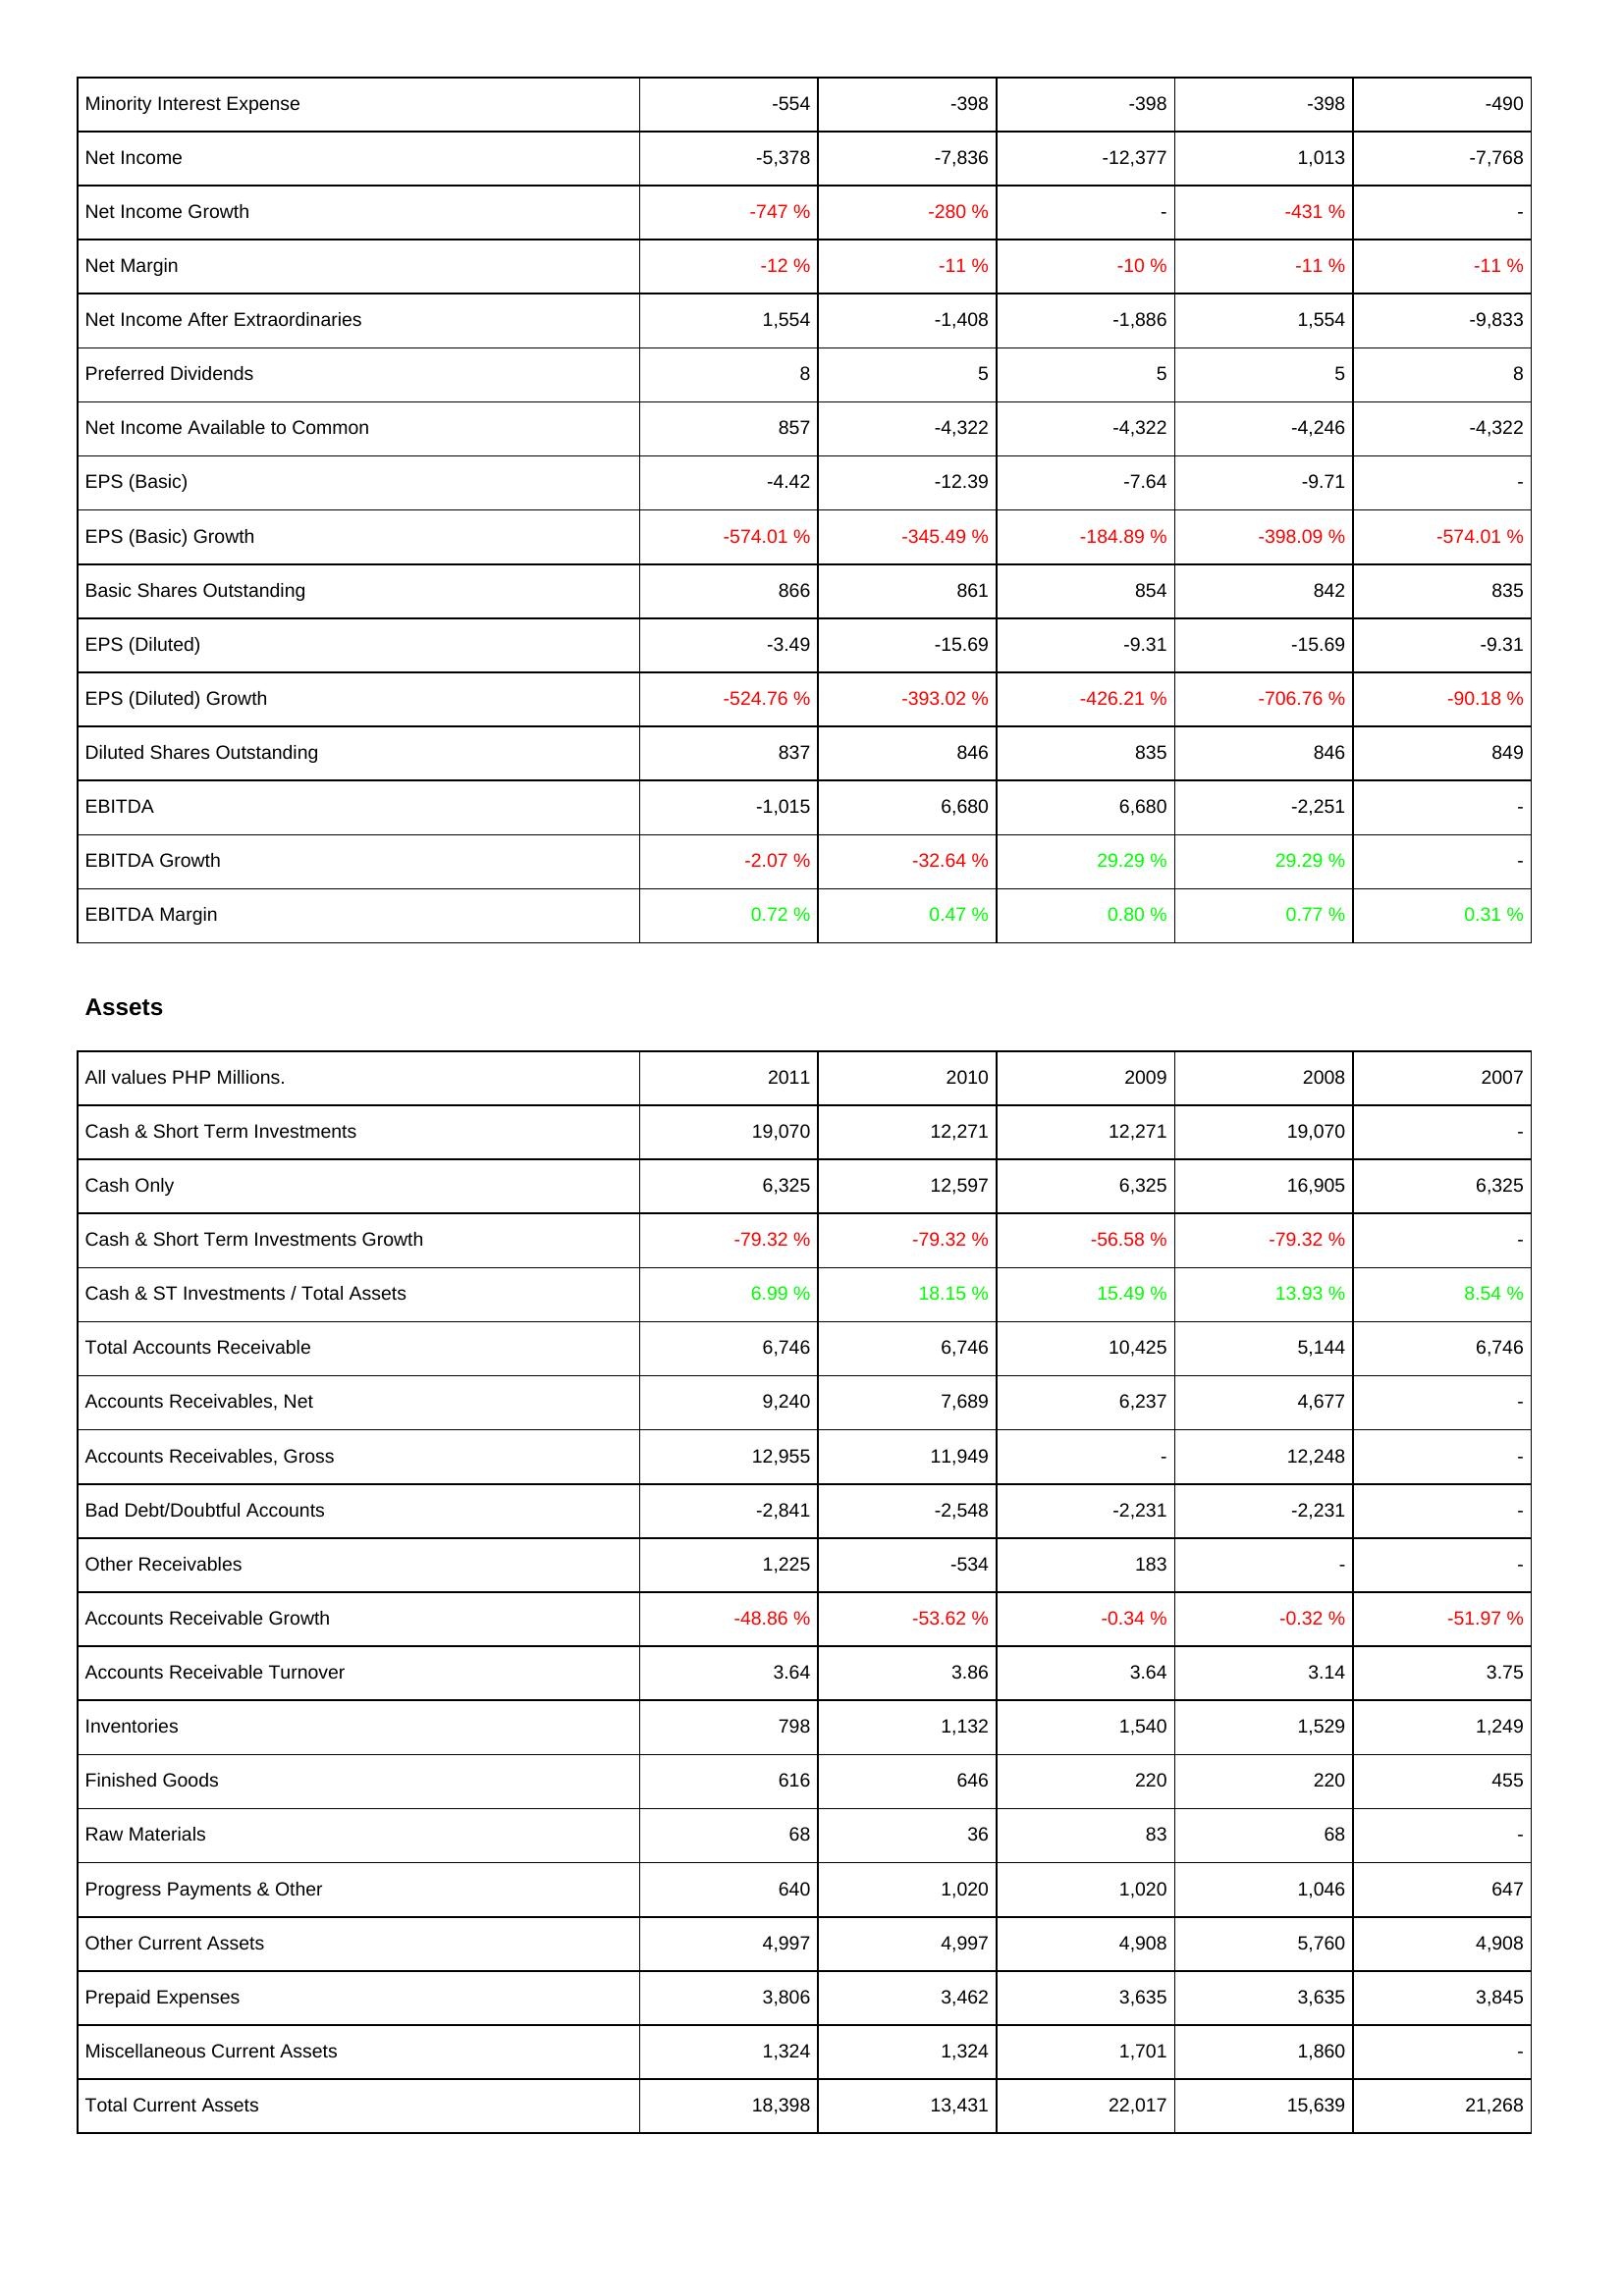
2011: Income Statement: Minority Interest Expense: -554
Net Income: -5,378
Net Income Growth: -747 %
Net Margin: -12 %
Net Income After Extraordinaries: 1,554
Preferred Dividends: 8
Net Income Available to Common: 857
EPS (Basic): -4.42
EPS (Basic) Growth: -574.01 %
Basic Shares Outstanding: 866
EPS (Diluted): -3.49
EPS (Diluted) Growth: -524.76 %
Diluted Shares Outstanding: 837
EBITDA: -1,015
EBITDA Growth: -2.07 %
EBITDA Margin: 0.72 %
Assets: Cash & Short Term Investments: 19,070
Cash Only: 6,325
Cash & Short Term Investments Growth: -79.32 %
Cash & ST Investments / Total Assets: 6.99 %
Total Accounts Receivable: 6,746
Accounts Receivables, Net: 9,240
Accounts Receivables, Gross: 12,955
Bad Debt/Doubtful Accounts: -2,841
Other Receivables: 1,225
Accounts Receivable Growth: -48.86 %
Accounts Receivable Turnover: 3.64
Inventories: 798
Finished Goods: 616
Raw Materials: 68
Progress Payments & Other: 640
Other Current Assets: 4,997
Prepaid Expenses: 3,806
Miscellaneous Current Assets: 1,324
Total Current Assets: 18,398
2010: Income Statement: Minority Interest Expense: -398
Net Income: -7,836
Net Income Growth: -280 %
Net Margin: -11 %
Net Income After Extraordinaries: -1,408
Preferred Dividends: 5
Net Income Available to Common: -4,322
EPS (Basic): -12.39
EPS (Basic) Growth: -345.49 %
Basic Shares Outstanding: 861
EPS (Diluted): -15.69
EPS (Diluted) Growth: -393.02 %
Diluted Shares Outstanding: 846
EBITDA: 6,680
EBITDA Growth: -32.64 %
EBITDA Margin: 0.47 %
Assets: Cash & Short Term Investments: 12,271
Cash Only: 12,597
Cash & Short Term Investments Growth: -79.32 %
Cash & ST Investments / Total Assets: 18.15 %
Total Accounts Receivable: 6,746
Accounts Receivables, Net: 7,689
Accounts Receivables, Gross: 11,949
Bad Debt/Doubtful Accounts: -2,548
Other Receivables: -534
Accounts Receivable Growth: -53.62 %
Accounts Receivable Turnover: 3.86
Inventories: 1,132
Finished Goods: 646
Raw Materials: 36
Progress Payments & Other: 1,020
Other Current Assets: 4,997
Prepaid Expenses: 3,462
Miscellaneous Current Assets: 1,324
Total Current Assets: 13,431
2009: Income Statement: Minority Interest Expense: -398
Net Income: -12,377
Net Income Growth: -
Net Margin: -10 %
Net Income After Extraordinaries: -1,886
Preferred Dividends: 5
Net Income Available to Common: -4,322
EPS (Basic): -7.64
EPS (Basic) Growth: -184.89 %
Basic Shares Outstanding: 854
EPS (Diluted): -9.31
EPS (Diluted) Growth: -426.21 %
Diluted Shares Outstanding: 835
EBITDA: 6,680
EBITDA Growth: 29.29 %
EBITDA Margin: 0.80 %
Assets: Cash & Short Term Investments: 12,271
Cash Only: 6,325
Cash & Short Term Investments Growth: -56.58 %
Cash & ST Investments / Total Assets: 15.49 %
Total Accounts Receivable: 10,425
Accounts Receivables, Net: 6,237
Accounts Receivables, Gross: -
Bad Debt/Doubtful Accounts: -2,231
Other Receivables: 183
Accounts Receivable Growth: -0.34 %
Accounts Receivable Turnover: 3.64
Inventories: 1,540
Finished Goods: 220
Raw Materials: 83
Progress Payments & Other: 1,020
Other Current Assets: 4,908
Prepaid Expenses: 3,635
Miscellaneous Current Assets: 1,701
Total Current Assets: 22,017
2008: Income Statement: Minority Interest Expense: -398
Net Income: 1,013
Net Income Growth: -431 %
Net Margin: -11 %
Net Income After Extraordinaries: 1,554
Preferred Dividends: 5
Net Income Available to Common: -4,246
EPS (Basic): -9.71
EPS (Basic) Growth: -398.09 %
Basic Shares Outstanding: 842
EPS (Diluted): -15.69
EPS (Diluted) Growth: -706.76 %
Diluted Shares Outstanding: 846
EBITDA: -2,251
EBITDA Growth: 29.29 %
EBITDA Margin: 0.77 %
Assets: Cash & Short Term Investments: 19,070
Cash Only: 16,905
Cash & Short Term Investments Growth: -79.32 %
Cash & ST Investments / Total Assets: 13.93 %
Total Accounts Receivable: 5,144
Accounts Receivables, Net: 4,677
Accounts Receivables, Gross: 12,248
Bad Debt/Doubtful Accounts: -2,231
Other Receivables: -
Accounts Receivable Growth: -0.32 %
Accounts Receivable Turnover: 3.14
Inventories: 1,529
Finished Goods: 220
Raw Materials: 68
Progress Payments & Other: 1,046
Other Current Assets: 5,760
Prepaid Expenses: 3,635
Miscellaneous Current Assets: 1,860
Total Current Assets: 15,639
2007: Income Statement: Minority Interest Expense: -490
Net Income: -7,768
Net Income Growth: -
Net Margin: -11 %
Net Income After Extraordinaries: -9,833
Preferred Dividends: 8
Net Income Available to Common: -4,322
EPS (Basic): -
EPS (Basic) Growth: -574.01 %
Basic Shares Outstanding: 835
EPS (Diluted): -9.31
EPS (Diluted) Growth: -90.18 %
Diluted Shares Outstanding: 849
EBITDA: -
EBITDA Growth: -
EBITDA Margin: 0.31 %
Assets: Cash & Short Term Investments: -
Cash Only: 6,325
Cash & Short Term Investments Growth: -
Cash & ST Investments / Total Assets: 8.54 %
Total Accounts Receivable: 6,746
Accounts Receivables, Net: -
Accounts Receivables, Gross: -
Bad Debt/Doubtful Accounts: -
Other Receivables: -
Accounts Receivable Growth: -51.97 %
Accounts Receivable Turnover: 3.75
Inventories: 1,249
Finished Goods: 455
Raw Materials: -
Progress Payments & Other: 647
Other Current Assets: 4,908
Prepaid Expenses: 3,845
Miscellaneous Current Assets: -
Total Current Assets: 21,268